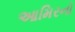
આમિરનો